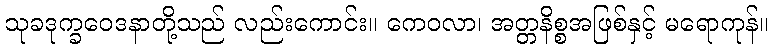
သုခဒုက္ခဝေဒနာတို့သည် လည်းကောင်း။ ကေဝလာ၊ အတ္တနိစ္စအဖြစ်နှင့် မရောကုန်။